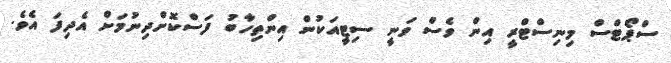
ސްޕޯޓްސް މިނިސްޓްރީ އިން ވެސް ވަނީ ސިޓީއަކުން އިންތިހާބު ފަސްކޮށްދިނުމަށް އެދިފަ އެވެ.